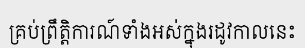
គ្រប់ព្រឹត្តិការណ៍ទាំងអស់ក្នុងរដូវកាលនេះ